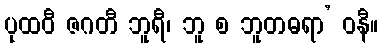
ပုထဝီ ဇဂတီ ဘူရီ၊ ဘူ စ ဘူတဓရာ’ ဝနီ။